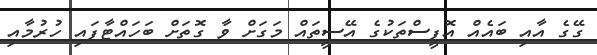
ގޭގެ އާއި ބައެއް އޮފީސްތަކުގެ އޭސީތައް މަގަށް ވާ ގޮތަށް ބަހައްޓާފައި ހުރުމާއި